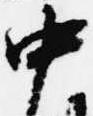
中